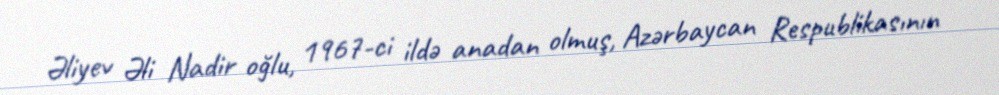
Əliyev Əli Nadir oğlu, 1967-ci ildə anadan olmuş, Azərbaycan Respublikasının